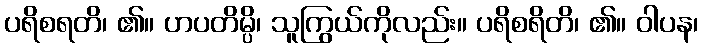
ပရိစရတိ၊ ၏။ ဟပတိမ္ပိ၊ သူကြွယ်ကိုလည်း။ ပရိစရိတိ၊ ၏။ ဝါပန၊